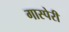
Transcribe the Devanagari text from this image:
गास्पेरी